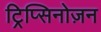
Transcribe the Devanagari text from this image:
ट्रिप्सिनोज़न